Problem: 6 × 5 = ?
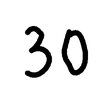
Handwritten answer: 30